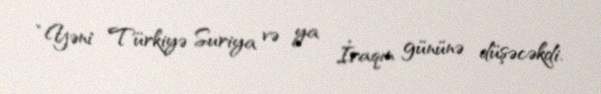
“Yəni Türkiyə Suriya və ya İraqın gününə düşəcəkdi.